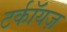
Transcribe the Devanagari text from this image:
टर्कॉयज़